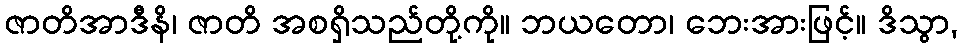
ဇာတိအာဒီနိ၊ ဇာတိ အစရှိသည်တို့ကို။ ဘယတော၊ ဘေးအားဖြင့်။ ဒိသွာ,